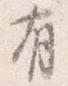
有